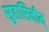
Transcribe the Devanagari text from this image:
सुहासिनीम्